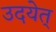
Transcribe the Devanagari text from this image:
उदयेत्‌